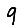
Digit: 9